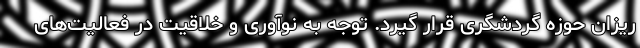
ریزان حوزه گردشگری قرار گیرد. توجه به نوآوری و خلاقیت در فعالیت‌های